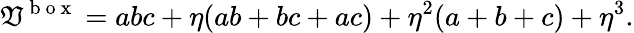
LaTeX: \mathfrak{V}^{\mathrm{{~b~o~x~}}}=abc+\eta(ab+bc+ac)+\eta^{2}(a+b+c)+\eta^{3}.